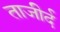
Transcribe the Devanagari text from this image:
ताजीर्द